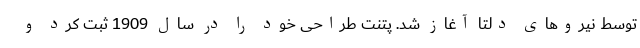
توسط نیروهای دلتا آغاز شد. پتنت طراحی خود را در سال 1909 ثبت کرد و